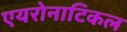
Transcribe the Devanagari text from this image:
एयरोनाटिकल